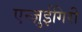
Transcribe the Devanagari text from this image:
एन्ज़ुईगिरी